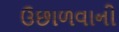
ઉછાળવાની